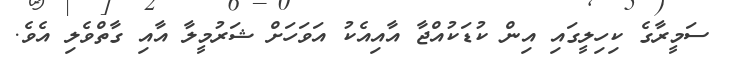
ސަމީރާގެ ކިހިލީގައި އިން ކުޑަކުއްޖާ އާއިއެކު އަވަހަށް ޝަރުމީލާ އާއި ގާތްވެލި އެވެ.